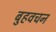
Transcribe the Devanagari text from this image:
बुहवचन